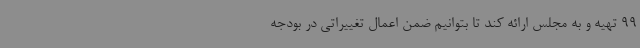
99 تهیه و به مجلس ارائه کند تا بتوانیم ضمن اعمال تغییراتی در بودجه